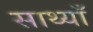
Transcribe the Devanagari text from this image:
साथ्याँ